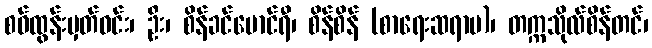
စဝ်ထွန်းမှတ်ဝင်း၊ ဦး၊ စိန်ခင်မောင်ရီ၊ စိန်စိန် (စာရေးဆရာမ)၊ တက္ကသိုလ်စိန်တင်၊